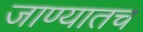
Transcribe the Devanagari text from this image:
जाण्यातच